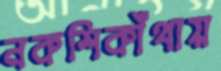
নকশিকাঁথায়